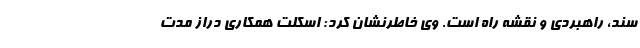
سند، راهبردی و نقشه راه است. وی خاطرنشان کرد: اسکلت همکاری دراز مدت